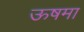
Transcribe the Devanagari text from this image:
ऊषमा